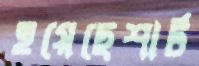
হয়েছেশার্ট